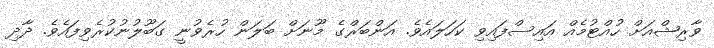
ވާރިޝްއަށް ހުއްޓުމެއް އައިސްފައިވި ކަހަލައެވެ. އަންބަރްގެ މޫނަށް ބަލަން ހުރެވުނީ ގަބޫލުނުކުރެވިފައެވެ. ދާދި